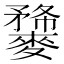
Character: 𪍫